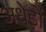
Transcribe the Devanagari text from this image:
अधेड़ों